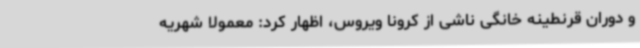
و دوران قرنطینه خانگی ناشی از کرونا ویروس، اظهار کرد: معمولا شهریه